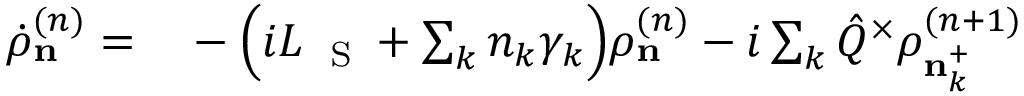
\begin{array} { r l } { \dot { \rho } _ { \bf n } ^ { ( n ) } = } & { { } - \Big ( i { \cal L } _ { \mathrm { ~ \tiny ~ S ~ } } + \sum _ { k } n _ { k } \gamma _ { k } \Big ) \rho _ { \bf n } ^ { ( n ) } - i \sum _ { k } \hat { Q } ^ { \times } \rho _ { { \bf n } _ { k } ^ { + } } ^ { ( n + 1 ) } } \end{array}